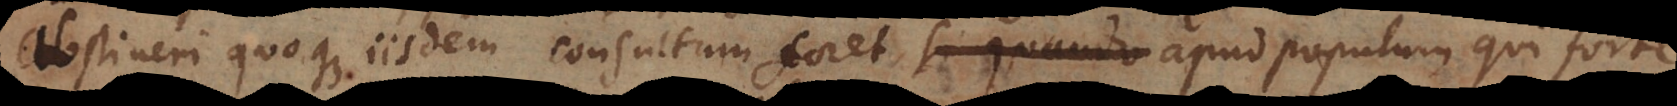
Abstineri quoque iisdem consultum foret apud populum qui forte